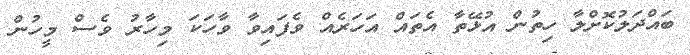
ބައްދަލުކޮށްލާ ހިތުން އުޅޭތާ އެތައް އަހަރެއް ވެފައިވާ ވާހަކަ މިހާރު ވެސް މީހުން